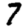
Digit: 7